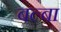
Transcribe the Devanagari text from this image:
बल्बा